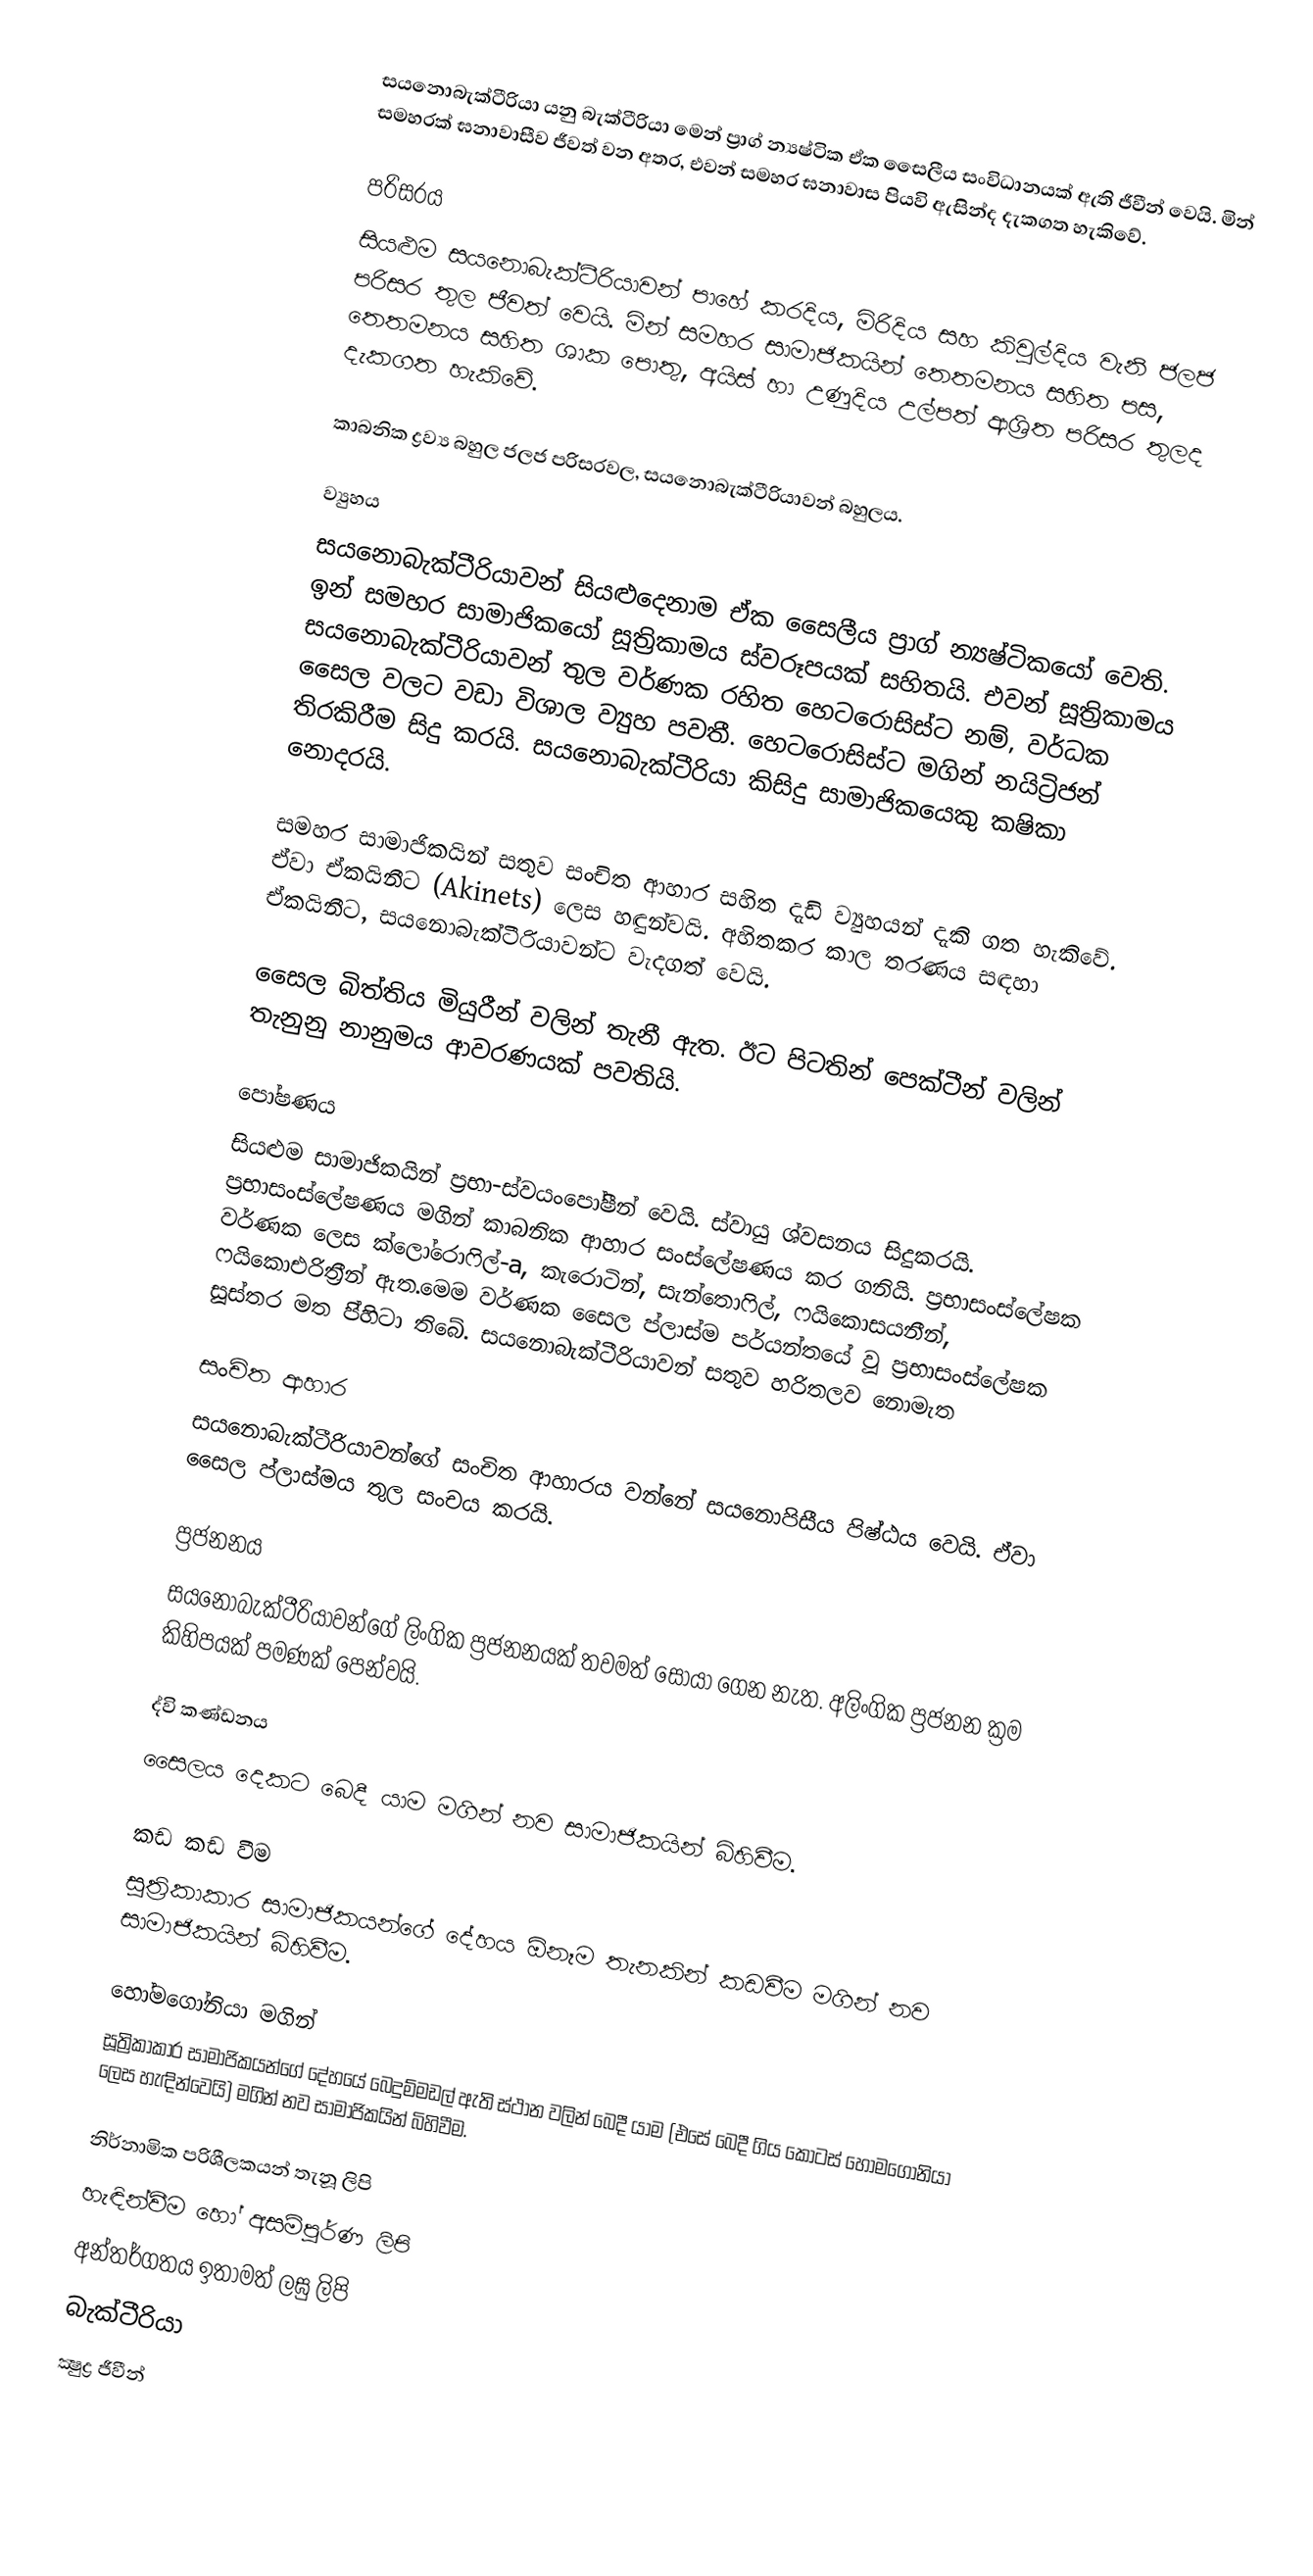
සයනොබැක්ටීරියා යනු බැක්ටීරියා මෙන් ප්‍රාග් න්‍යෂ්ටික ඒක සෛලීය සංවිධානයක් ඇති ජීවීන් වෙයි. මින් සමහරක් ඝනාවාසීව ජීවත් වන අතර, එවන් සමහර ඝනාවාස පියවි ඇසින්ද දැකගත හැකිවේ.

පරිසරය
සියළුම සයනොබැක්ටීරියාවන් පාහේ කරදිය, මිරිදිය සහ කිවුල්දිය වැනි ජලජ පරිසර තුල ජීවත් වෙයි. මින් සමහර සාමාජිකයින් තෙතමනය සහිත පස, තෙතමනය සහිත ශාක පොතු, අයිස් හා උණුදිය උල්පත් ආශ්‍රිත පරිසර තුලද දැකගත හැකිවේ.

කාබනික ද්‍රව්‍ය බහුල ජලජ පරිසරවල, සයනොබැක්ටීරියාවන් බහුලය.

ව්‍යුහය
සයනොබැක්ටීරියාවන් සියළුදෙනාම ඒක සෛලීය ප්‍රාග් න්‍යෂ්ටිකයෝ වෙති. ඉන් සමහර සාමාජිකයෝ සූත්‍රිකාමය ස්වරූපයක් සහිතයි. එවන් සූත්‍රිකාමය සයනොබැක්ටීරියාවන් තුල වර්ණක රහිත හෙටරොසිස්ට නම්, වර්ධක සෛල වලට වඩා විශාල ව්‍යුහ පවතී. හෙටරොසිස්ට මගින් නයිට්‍රිජන් තිරකිරීම සිදු කරයි. සයනොබැක්ටීරියා කිසිදු සාමාජිකයෙකු කෂිකා නොදරයි.

සමහර සාමාජිකයින් සතුව සංචිත ආහාර සහිත දැඩි ව්‍යුහයන් දැකි ගත හැකිවේ. ඒවා ඒකයිනීට (Akinets) ලෙස හඳුන්වයි. අහිතකර කාල තරණය සඳහා ඒකයිනීට, සයනොබැක්ටීරියාවන්ට වැදගත් වෙයි.

සෛල බිත්තිය මියුරීන් වලින් තැනී ඇත. ඊට පිටතින් පෙක්ටීන් වලින් තැනුනු නානුමය ආවරණයක් පවතියි.

පෝෂණය
සියළුම සාමාජිකයින් ප්‍රභා-ස්වයංපෝෂීන් වෙයි. ස්වායු ශ්වසනය සිදුකරයි. ප්‍රභාසංස්ලේෂණය මගින් කාබනික ආහාර සංස්ලේෂණය කර ගනියි. ප්‍රභාසංස්ලේෂක වර්ණක ලෙස ක්ලෝරොෆිල්-a, කැරොටින්, සැන්තොෆිල්, ෆයිකොසයනීන්, ෆයිකොඑරිත්‍රීන් ඇත.මෙම වර්ණක සෛල ප්ලාස්ම පර්යන්තයේ වූ ප්‍රභාසංස්ලේෂක සූස්තර මත පි්හිටා තිබේ. සයනොබැක්ටීරියාවන් සතුව හරිතලව නොමැත

සංචිත ආහාර
සයනොබැක්ටීරියාවන්ගේ සංචිත ආහාරය වන්නේ සයනොපිසීය පිෂ්ඨය වෙයි. ඒවා සෛල ප්ලාස්මය තුල සංචය කරයි.

ප්‍රජනනය
සයනොබැක්ටීරියාවන්ගේ ලිංගික ප්‍රජනනයක් තවමත් සොයා ගෙන නැත. අලිංගික ප්‍රජනන ක්‍රම කිහිපයක් පමණක් පෙන්වයි.

ද්වි කණ්ඩනය
සෛලය දෙකට බෙදී යාම මගින් නව සාමාජිකයින් බිහිවීම.

කඩ කඩ වීම
සූත්‍රිකාකාර සාමාජිකයන්ගේ දේහය ඕනෑම තැනකින් කඩවීම මගින් නව සාමාජිකයින් බිහිවීම.

හෝමගෝනියා මගින්
සූත්‍රිකාකාර සාමාජිකයන්ගේ දේහයේ බෙදුම්මඩල් ඇති ස්ථාන වලින් බෙදී යාම (එසේ බෙදී ගිය කොටස් හෝමගෝනියා ලෙස හැඳින්වෙයි) මගින් නව සාමාජිකයින් බිහිවීම.

නිර්නාමික පරිශීලකයන් තැනූ ලිපි
හැඳින්වීම හෝ අසම්පූර්ණ ලිපි
අන්තර්ගතය ඉතාමත් ලඝු ලිපි
බැක්ටීරියා
ක්‍ෂුද්‍ර ජීවීන්